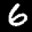
Label: 6